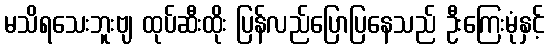
မသိရသေးဘူးဗျ ထုပ်ဆီးထိုး ပြန်လည်ပြောပြနေသည် ဦးကြေးမုံနှင့်